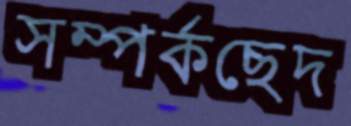
সম্পর্কছেদ